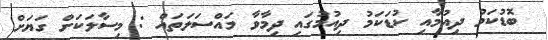
ބޮޑުކަމު ދިއުމާއި ކުޑަކަމު ދިއުމުގައި ދިމާވާ މައްސަލަތައް : މިސާލަކަށް ގަޔަށް